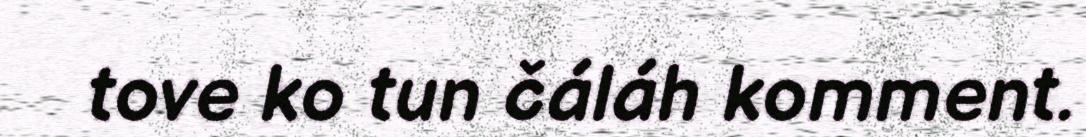
tove ko tun čáláh komment.